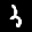
Label: 3